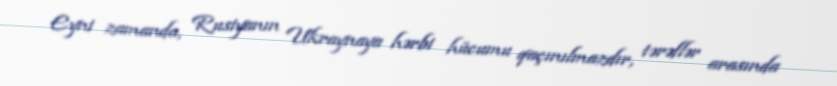
Eyni zamanda, Rusiyanın Ukraynaya hərbi hücumu qaçınılmazdır, tərəflər arasında